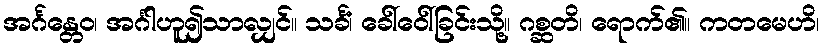
အင်္ဂန္တေဝ၊ အင်္ဂါဟူ၍သာလျှင်။ သင်္ခံ၊ ခေါ်ဝေါ်ခြင်းသို့။ ဂစ္ဆတိ၊ ရောက်၏။ ကတမေဟိ၊